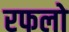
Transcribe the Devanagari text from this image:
रफलो